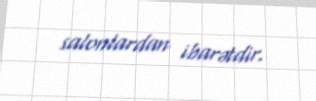
salonlardan ibarətdir.